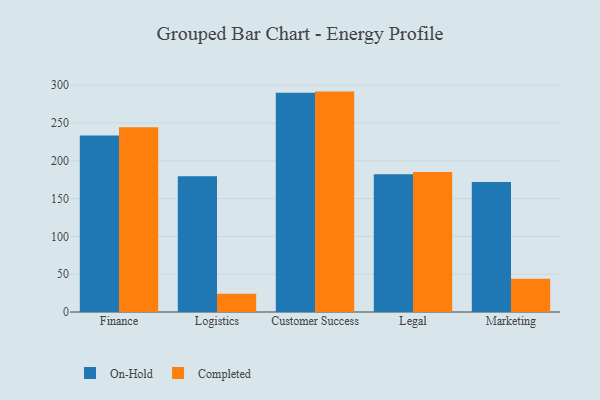
{"axis": {"x": "Department", "y": "Production Output"}, "legend": ["Completed", "On-Hold"], "data": [{"x": "Finance", "y": 233.5, "type": "On-Hold"}, {"x": "Finance", "y": 244.3, "type": "Completed"}, {"x": "Logistics", "y": 179.7, "type": "On-Hold"}, {"x": "Logistics", "y": 24.3, "type": "Completed"}, {"x": "Customer Success", "y": 290.1, "type": "On-Hold"}, {"x": "Customer Success", "y": 291.5, "type": "Completed"}, {"x": "Legal", "y": 182.1, "type": "On-Hold"}, {"x": "Legal", "y": 185.3, "type": "Completed"}, {"x": "Marketing", "y": 172.1, "type": "On-Hold"}, {"x": "Marketing", "y": 44.1, "type": "Completed"}]}